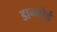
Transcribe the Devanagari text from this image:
डान्गोई